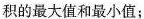
积的最大值和最小值；